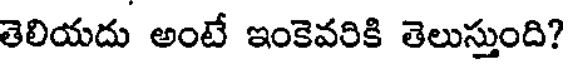
తెలియదు అంటే ఇంకెవరికి తెలుస్తుంది?